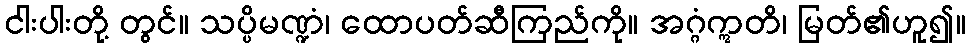
ငါးပါးတို့ တွင်။ သပ္ပိမဏ္ဍံ၊ ထောပတ်ဆီကြည်ကို။ အဂ္ဂံဣတိ၊ မြတ်၏ဟူ၍။